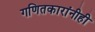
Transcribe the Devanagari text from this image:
गणितकारांनीही